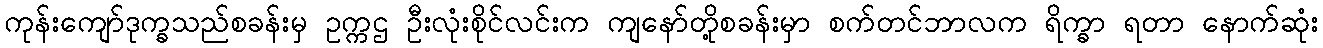
ကုန်းကျော်ဒုက္ခသည်စခန်းမှ ဥက္ကဌ ဦးလုံးစိုင်လင်းက ကျနော်တို့စခန်းမှာ စက်တင်ဘာလက ရိက္ခာ ရတာ နောက်ဆုံး